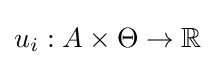
u_{i}:A\times \Theta \rightarrow \mathbb {R}